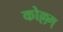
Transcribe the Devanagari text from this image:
कोल्लम्